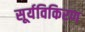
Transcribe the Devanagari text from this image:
सूर्यविकिरण